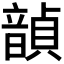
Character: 𫖙